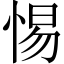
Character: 惕